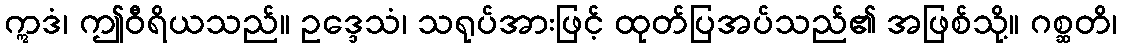
ဣဒံ၊ ဤဝီရိယသည်။ ဥဒ္ဒေသံ၊ သရုပ်အားဖြင့် ထုတ်ပြအပ်သည်၏ အဖြစ်သို့။ ဂစ္ဆတိ၊